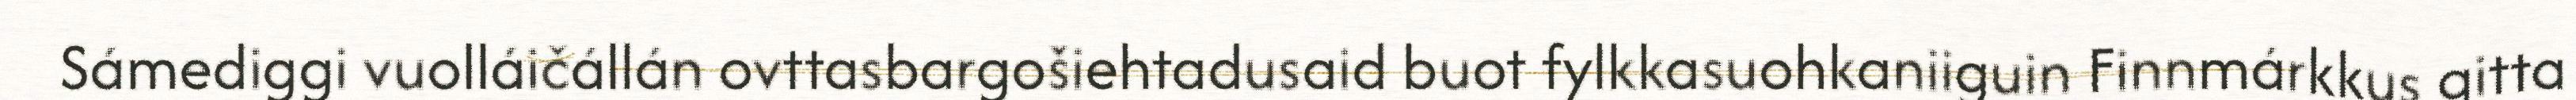
Sámediggi vuolláičállán ovttasbargošiehtadusaid buot fylkkasuohkaniiguin Finnmárkkus gitta